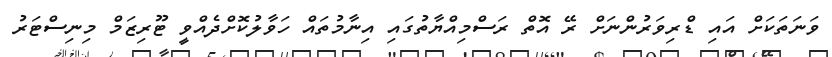
ވަނަތަކަށް އައި ޑްރިވަރުންނަށް ރޭ އޮތް ރަސްމިއްޔާތުގައި އިނާމުތައް ހަވާލުކޮށްދެއްވީ ޓޫރިޒަމް މިނިސްޓަރު